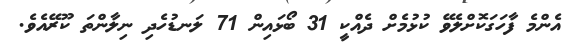
އެންމެ ފާހަގަކޮށްލެވޭ ކުޅުމެށް ދެއްކީ 31 ބޯޅައިން 71 ލަނޑުހެދި ނިލާންތަ ކޫރޭއެވެ.